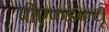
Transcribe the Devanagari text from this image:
बीएफडब्ल्यू